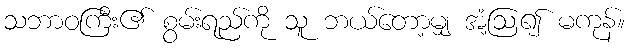
သဘာဝကြီး၏ စွမ်းရည်ကို သူ ဘယ်တော့မျှ အံ့ဩ၍ မကုန်။